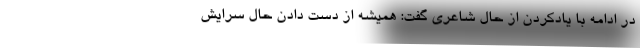
در ادامه با یادکردن از حال شاعری گفت: همیشه از دست دادن حال سرایش